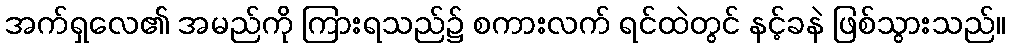
အက်ရှလေ၏ အမည်ကို ကြားရသည်၌ စကားလက် ရင်ထဲတွင် နင့်ခနဲ ဖြစ်သွားသည်။